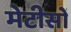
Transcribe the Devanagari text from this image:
मेटीसों